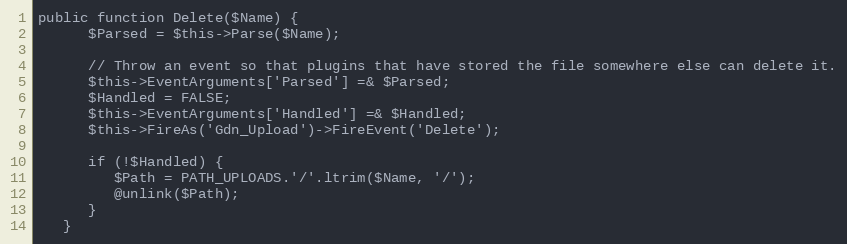
Language: PHP
public function Delete($Name) {
      $Parsed = $this->Parse($Name);

      // Throw an event so that plugins that have stored the file somewhere else can delete it.
      $this->EventArguments['Parsed'] =& $Parsed;
      $Handled = FALSE;
      $this->EventArguments['Handled'] =& $Handled;
      $this->FireAs('Gdn_Upload')->FireEvent('Delete');

      if (!$Handled) {
         $Path = PATH_UPLOADS.'/'.ltrim($Name, '/');
         @unlink($Path);
      }
   }